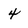
Character: 4